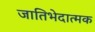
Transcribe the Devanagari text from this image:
जातिभेदात्मक